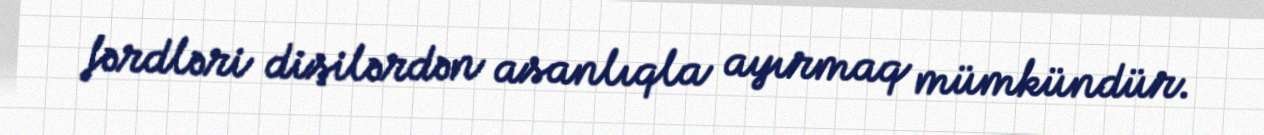
fərdləri dişilərdən asanlıqla ayırmaq mümkündür.